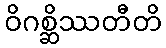
ဝိဂစ္ဆိဿတီတိ